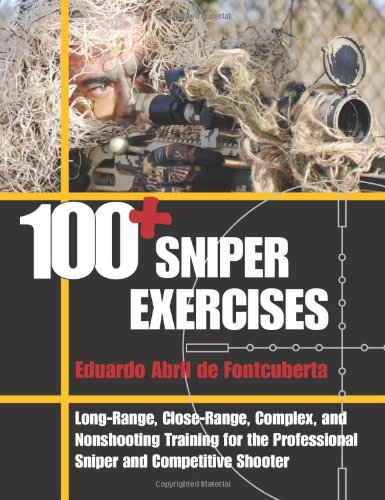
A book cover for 100+ Sniper Exercises; Eduardo Abril de Fontcuberta; Sports & Outdoors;